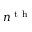
n ^ { \mathrm { ~ t ~ h ~ } }